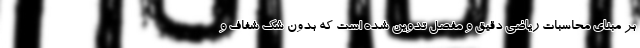
بر مبنای محاسبات ریاضی دقيق و مفصل تدوین شده است که بدون شک شفاف و